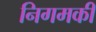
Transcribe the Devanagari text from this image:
निगमकी